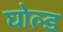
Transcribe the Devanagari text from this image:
घोल्ड